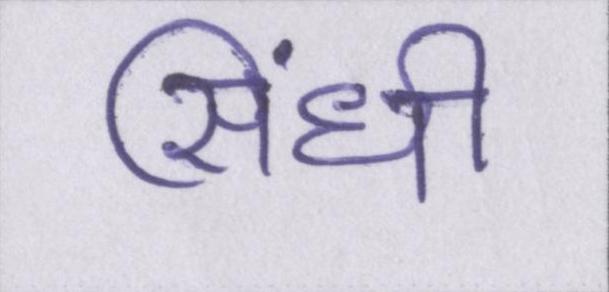
सिंधी